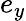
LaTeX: e_{y}